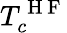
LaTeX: T_{c}^{\mathrm{~H~F~}}